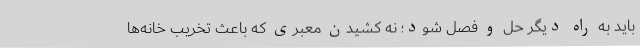
باید به راه دیگر حل و فصل شود؛ نه کشیدن معبری که باعث تخریب خانه‌ها